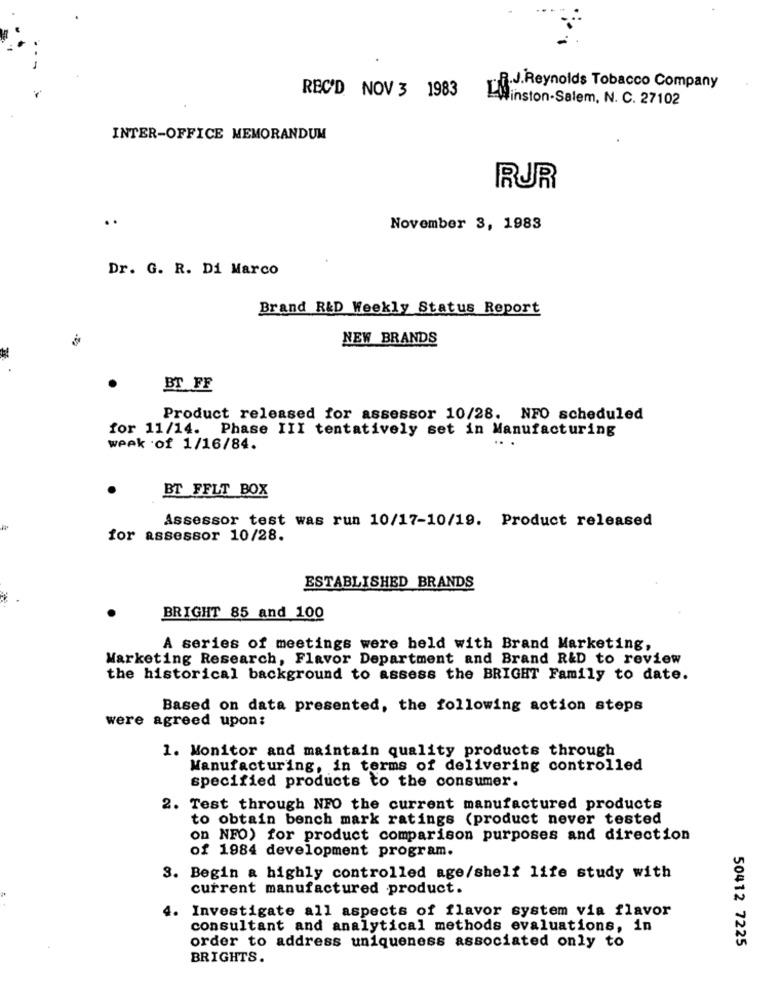
REC'D NOV 3 1983
R.J.Reynolds Tobacco Company
LWinston-Salem, N. C. 27102
INTER-OFFICE MEMORANDUM
RUR
..
November 3, 1983
Dr. G. R. Di Marco
Brand R&D Weekly Status Report
NEW BRANDS
BT FF
Product released for assessor 10/28. NFO scheduled
for 11/14. Phase III tentatively set in Manufacturing
.. .
week of 1/16/84.
.
BT FFLT BOX
Assessor test was run 10/17-10/19. Product released
for assessor 10/28.
ESTABLISHED BRANDS
BRIGHT 85 and 100
A series of meetings were held with Brand Marketing,
Marketing Research, Flavor Department and Brand R&D to review
the historical background to assess the BRIGHT Family to date.
Based on data presented, the following action steps
were agreed upon:
1. Monitor and maintain quality products through
Manufacturing, in terms of delivering controlled
specified products to the consumer.
2. Test through NFO the current manufactured products
to obtain bench mark ratings (product never tested
on NFO) for product comparison purposes and direction
of 1984 development program.
3. Begin a highly controlled age/shelf life study with
current manufactured product.
Investigate all aspects of flavor system via flavor
4.
consultant and analytical methods evaluations, in
order to address uniqueness associated only to
50412 7225
BRIGHTS.